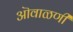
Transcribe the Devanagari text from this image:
ऒवाळणी